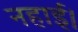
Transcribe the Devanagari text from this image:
नहाई।